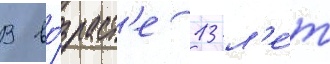
В во́зраст'е 13 л'е́т